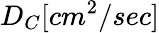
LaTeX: D_{C}[cm^{2}/sec]